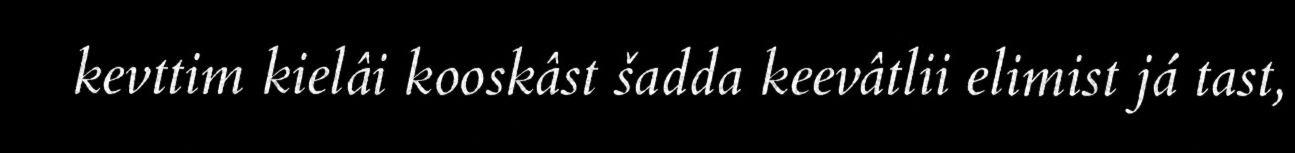
kevttim kielâi kooskâst šadda keevâtlii elimist já tast,